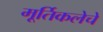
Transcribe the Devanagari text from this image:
मूर्तिकलेचे